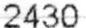
2430